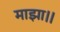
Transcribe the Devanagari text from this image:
माझा।।